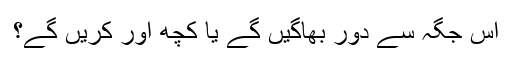
اس جگہ سے دور بھاگیں گے یا کچھ اور کریں گے؟